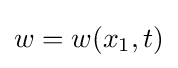
w=w(x_{1},t)